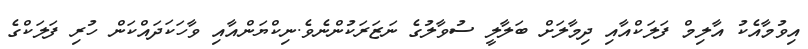
އިވުމާއެކު އާލިމް ފަލަކްއާއި ދިމާލަށް ބަލާލީ ސުވާލުގެ ނަޒަރަކުންނެވެ.ނިކްޔަންއާއި ވާހަކަދައްކަން ހުރި ފަލަކްގެ